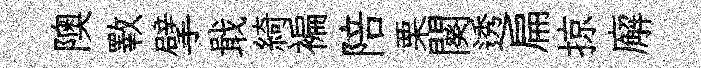
隩斁擘戢綺褊陪栗闋透扁掠廨